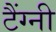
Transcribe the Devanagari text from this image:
टैंग्नी